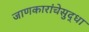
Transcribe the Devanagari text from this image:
जाणकारांचेसुद्धा